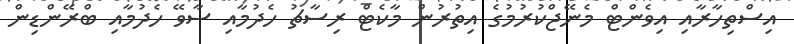
އިސްތިހާރާއި އިވެންޓް މެނޭޖްކުރުމުގެ އިތުރުން މާކެޓް ރިސާޗު ހެދުމާއި ސާވޭ ހެދުމާއި ބްރޭންޑިން